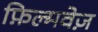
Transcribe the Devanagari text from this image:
फ़िल्मवेज़